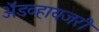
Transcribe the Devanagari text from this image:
ॲडव्हायजरी